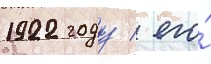
1922 году / его́